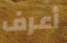
أعرف